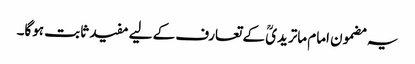
یہ مضمون امام ماتریدیؒ کے تعارف کے لیے مفید ثابت ہوگا۔